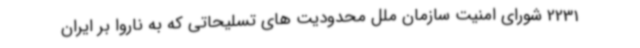
2231 شورای امنیت سازمان ملل محدودیت های تسلیحاتی که به ناروا بر ایران